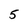
Character: 5